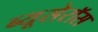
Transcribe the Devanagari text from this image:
ब्यूसेरॉस